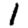
Digit: 1